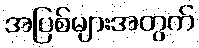
အပြစ်များအတွက်